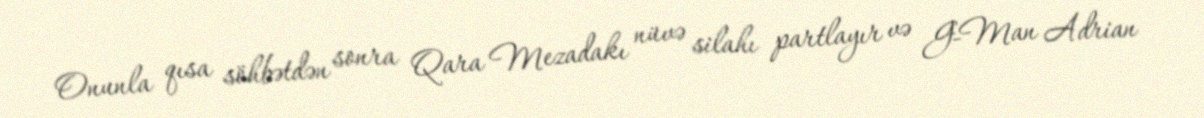
Onunla qısa söhbətdən sonra Qara Mezadakı nüvə silahı partlayır və G-Man Adrian